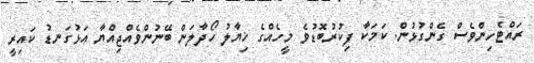
ރައްޓެހިންވެސް ގެންގުޅުން. ކަމަކާ ފިކުރުބޮޑުވެ މީހެއްގެ ޚިޔާލު ހޯދާލަން ބޭނުންވެއްޖިއްޔާ އަޅުގަނޑު ކައިރީ